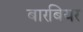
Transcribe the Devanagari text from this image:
बारबियर